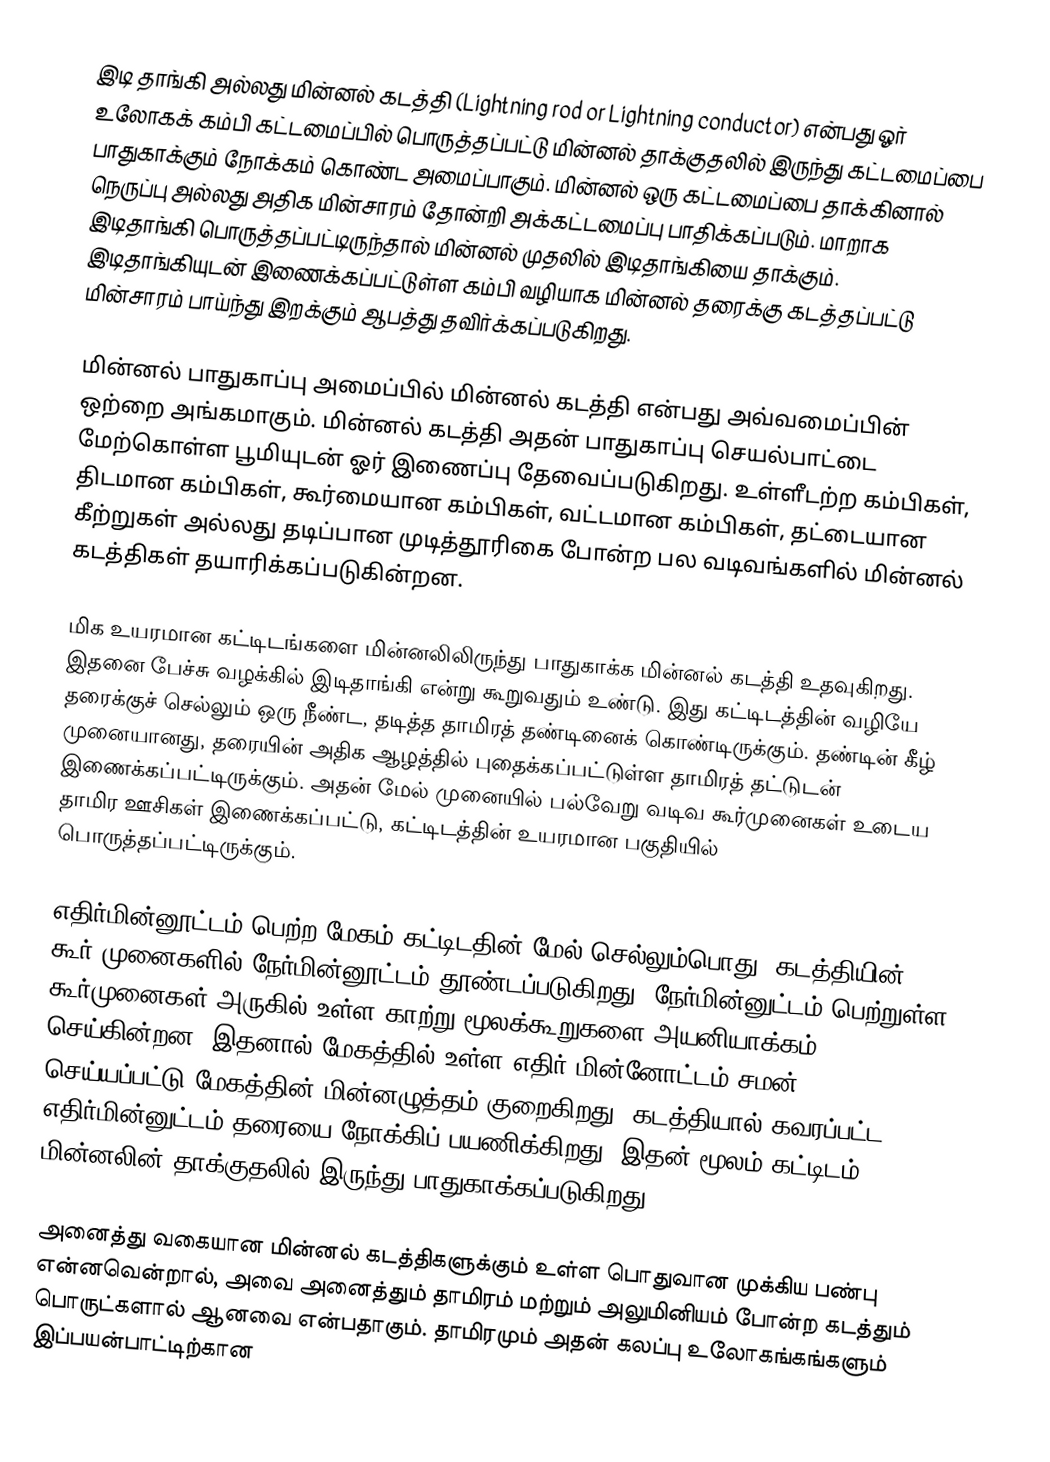
இடி தாங்கி அல்லது மின்னல் கடத்தி (Lightning rod or Lightning conductor) என்பது ஓர் உலோகக் கம்பி கட்டமைப்பில் பொருத்தப்பட்டு  மின்னல் தாக்குதலில் இருந்து கட்டமைப்பை பாதுகாக்கும் நோக்கம் கொண்ட அமைப்பாகும். மின்னல் ஒரு கட்டமைப்பை தாக்கினால்  நெருப்பு அல்லது அதிக மின்சாரம் தோன்றி அக்கட்டமைப்பு பாதிக்கப்படும். மாறாக இடிதாங்கி பொருத்தப்பட்டிருந்தால் மின்னல் முதலில் இடிதாங்கியை தாக்கும். இடிதாங்கியுடன் இணைக்கப்பட்டுள்ள கம்பி வழியாக மின்னல் தரைக்கு கடத்தப்பட்டு மின்சாரம் பாய்ந்து இறக்கும் ஆபத்து தவிர்க்கப்படுகிறது.

மின்னல் பாதுகாப்பு அமைப்பில்  மின்னல் கடத்தி  என்பது அவ்வமைப்பின் ஒற்றை அங்கமாகும். மின்னல் கடத்தி அதன் பாதுகாப்பு செயல்பாட்டை மேற்கொள்ள பூமியுடன் ஓர் இணைப்பு தேவைப்படுகிறது. உள்ளீடற்ற கம்பிகள், திடமான கம்பிகள், கூர்மையான கம்பிகள், வட்டமான கம்பிகள், தட்டையான கீற்றுகள் அல்லது தடிப்பான முடித்தூரிகை போன்ற பல வடிவங்களில் மின்னல் கடத்திகள் தயாரிக்கப்படுகின்றன.

மிக உயரமான கட்டிடங்களை மின்னலிலிருந்து பாதுகாக்க மின்னல் கடத்தி உதவுகிறது. இதனை பேச்சு வழக்கில் இடிதாங்கி என்று கூறுவதும் உண்டு. இது கட்டிடத்தின் வழியே தரைக்குச் செல்லும் ஒரு நீண்ட, தடித்த தாமிரத் தண்டினைக் கொண்டிருக்கும். தண்டின் கீழ் முனையானது, தரையின் அதிக ஆழத்தில் புதைக்கப்பட்டுள்ள தாமிரத் தட்டுடன் இணைக்கப்பட்டிருக்கும். அதன் மேல் முனையில் பல்வேறு வடிவ கூர்முனைகள் உடைய தாமிர ஊசிகள் இணைக்கப்பட்டு, கட்டிடத்தின் உயரமான பகுதியில் பொருத்தப்பட்டிருக்கும்.

எதிர்மின்னூட்டம் பெற்ற மேகம் கட்டிடதின் மேல் செல்லும்பொது, கடத்தியின் கூர் முனைகளில் நேர்மின்னூட்டம் தூண்டப்படுகிறது. நேர்மின்னுட்டம் பெற்றுள்ள கூர்முனைகள் அருகில் உள்ள காற்று மூலக்கூறுகளை அயனியாக்கம் செய்கின்றன. இதனால் மேகத்தில் உள்ள எதிர் மின்னோட்டம் சமன் செய்யப்பட்டு மேகத்தின் மின்னழுத்தம்  குறைகிறது. கடத்தியால் கவரப்பட்ட எதிர்மின்னுட்டம் தரையை நோக்கிப் பயணிக்கிறது. இதன் மூலம் கட்டிடம் மின்னலின் தாக்குதலில் இருந்து பாதுகாக்கப்படுகிறது.

அனைத்து வகையான மின்னல் கடத்திகளுக்கும் உள்ள பொதுவான முக்கிய பண்பு என்னவென்றால், அவை அனைத்தும் தாமிரம் மற்றும் அலுமினியம் போன்ற கடத்தும் பொருட்களால் ஆனவை என்பதாகும். தாமிரமும் அதன் கலப்பு உலோகங்கங்களும் இப்பயன்பாட்டிற்கான